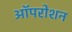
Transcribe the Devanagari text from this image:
ऑपरोशन